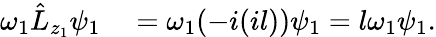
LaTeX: \begin{array}{rl}{\omega_{1}\hat{L}_{z_{1}}\psi_{1}}&{{}=\omega_{1}(-i(il))\psi_{1}=l\omega_{1}\psi_{1}.}\end{array}